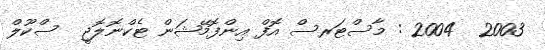
2003  2004 : މާސްޓަރސް އޮފް އިންފޮމޭޝަން ޓެކްނޮލޮޖީ  ސްކޫލް